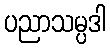
ပညာသမ္ပဒါ